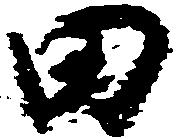
田